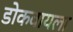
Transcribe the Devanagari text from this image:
डोकवायला